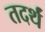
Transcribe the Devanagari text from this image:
तदर्थं